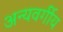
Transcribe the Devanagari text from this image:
अन्यवर्गीय